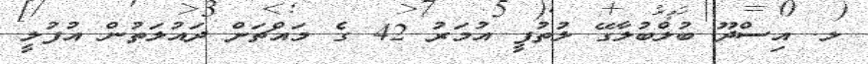
ލ. އިސްދޫ ބުލްބުލާގޭ ލުތުފީ އުމަރު 42 ގެ މައްޗަށް ދައުލަތުން އުފުލީ